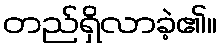
တည်ရှိလာခဲ့၏။